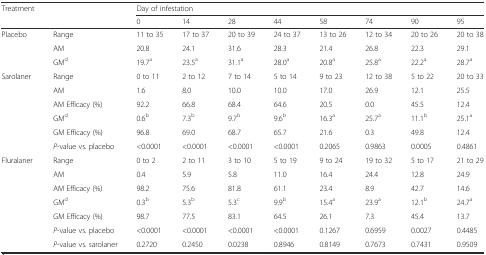
<table><thead><tr><td rowspan="2"><b>Treatment</b></td><td></td><td colspan="8"><b>Day of infestation</b></td></tr><tr><td></td><td><b>0</b></td><td><b>14</b></td><td><b>28</b></td><td><b>44</b></td><td><b>58</b></td><td><b>74</b></td><td><b>90</b></td><td><b>95</b></td></tr></thead><tbody><tr><td rowspan="3">Placebo</td><td>Range</td><td>11 to 35</td><td>17 to 37</td><td>20 to 39</td><td>24 to 37</td><td>13 to 26</td><td>12 to 34</td><td>20 to 26</td><td>20 to 38</td></tr><tr><td>AM</td><td>20.8</td><td>24.1</td><td>31.6</td><td>28.3</td><td>21.4</td><td>26.8</td><td>22.3</td><td>29.1</td></tr><tr><td>GM<sup>d</sup></td><td>19.7<sup>a</sup></td><td>23.5<sup>a</sup></td><td>31.1<sup>a</sup></td><td>28.0<sup>a</sup></td><td>20.8<sup>a</sup></td><td>25.8<sup>a</sup></td><td>22.2<sup>a</sup></td><td>28.7<sup>a</sup></td></tr><tr><td rowspan="6">Sarolaner</td><td>Range</td><td>0 to 11</td><td>2 to 12</td><td>7 to 14</td><td>5 to 14</td><td>9 to 23</td><td>12 to 38</td><td>5 to 22</td><td>20 to 33</td></tr><tr><td>AM</td><td>1.6</td><td>8.0</td><td>10.0</td><td>10.0</td><td>17.0</td><td>26.9</td><td>12.1</td><td>25.5</td></tr><tr><td>AM Efficacy (%)</td><td>92.2</td><td>66.8</td><td>68.4</td><td>64.6</td><td>20.5</td><td>0.0</td><td>45.5</td><td>12.4</td></tr><tr><td>GM<sup>d</sup></td><td>0.6<sup>b</sup></td><td>7.3<sup>b</sup></td><td>9.7<sup>b</sup></td><td>9.6<sup>b</sup></td><td>16.3<sup>a</sup></td><td>25.7<sup>a</sup></td><td>11.1<sup>b</sup></td><td>25.1<sup>a</sup></td></tr><tr><td>GM Efficacy (%)</td><td>96.8</td><td>69.0</td><td>68.7</td><td>65.7</td><td>21.6</td><td>0.3</td><td>49.8</td><td>12.4</td></tr><tr><td><i>P</i>-value vs. placebo</td><td>&lt;0.0001</td><td>&lt;0.0001</td><td>&lt;0.0001</td><td>&lt;0.0001</td><td>0.2065</td><td>0.9863</td><td>0.0005</td><td>0.4861</td></tr><tr><td rowspan="7">Fluralaner</td><td>Range</td><td>0 to 2</td><td>2 to 11</td><td>3 to 10</td><td>5 to 19</td><td>9 to 24</td><td>19 to 32</td><td>5 to 17</td><td>21 to 29</td></tr><tr><td>AM</td><td>0.4</td><td>5.9</td><td>5.8</td><td>11.0</td><td>16.4</td><td>24.4</td><td>12.8</td><td>24.9</td></tr><tr><td>AM Efficacy (%)</td><td>98.2</td><td>75.6</td><td>81.8</td><td>61.1</td><td>23.4</td><td>8.9</td><td>42.7</td><td>14.6</td></tr><tr><td>GM<sup>d</sup></td><td>0.3<sup>b</sup></td><td>5.3<sup>b</sup></td><td>5.3<sup>c</sup></td><td>9.9<sup>b</sup></td><td>15.4<sup>a</sup></td><td>23.9<sup>a</sup></td><td>12.1<sup>b</sup></td><td>24.7<sup>a</sup></td></tr><tr><td>GM Efficacy (%)</td><td>98.7</td><td>77.5</td><td>83.1</td><td>64.5</td><td>26.1</td><td>7.3</td><td>45.4</td><td>13.7</td></tr><tr><td><i>P</i>-value vs. placebo</td><td>&lt;0.0001</td><td>&lt;0.0001</td><td>&lt;0.0001</td><td>&lt;0.0001</td><td>0.1267</td><td>0.6959</td><td>0.0027</td><td>0.4485</td></tr><tr><td><i>P</i>-value vs. sarolaner</td><td>0.2720</td><td>0.2450</td><td>0.0238</td><td>0.8946</td><td>0.8149</td><td>0.7673</td><td>0.7431</td><td>0.9509</td></tr></tbody></table>